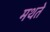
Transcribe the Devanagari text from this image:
मथते